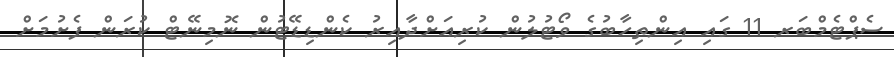
ސެޕްޓެމްބަރ 11 ގައި އިންތިހާބުގެ ވޯޓުލުން ކުރިއަށްދާއިރު ކެންޑިޑޭޓުން ނޮމިނޭޓް ކުރަން ފެށުމަށް